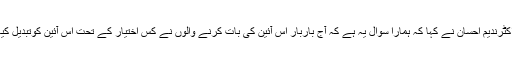
ڈاکٹرندیم احسان نے کہا کہ ہمارا سوال یہ ہے کہ آج باربار اس آئین کی بات کرنے والوں نے کس اختیار کے تحت اس آئین کوتبدیل کیا؟